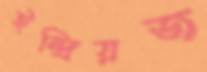
ইন্দ্রিয়জ